Madras plague regulations and rules for the city of Madras
Disease focus: Plague
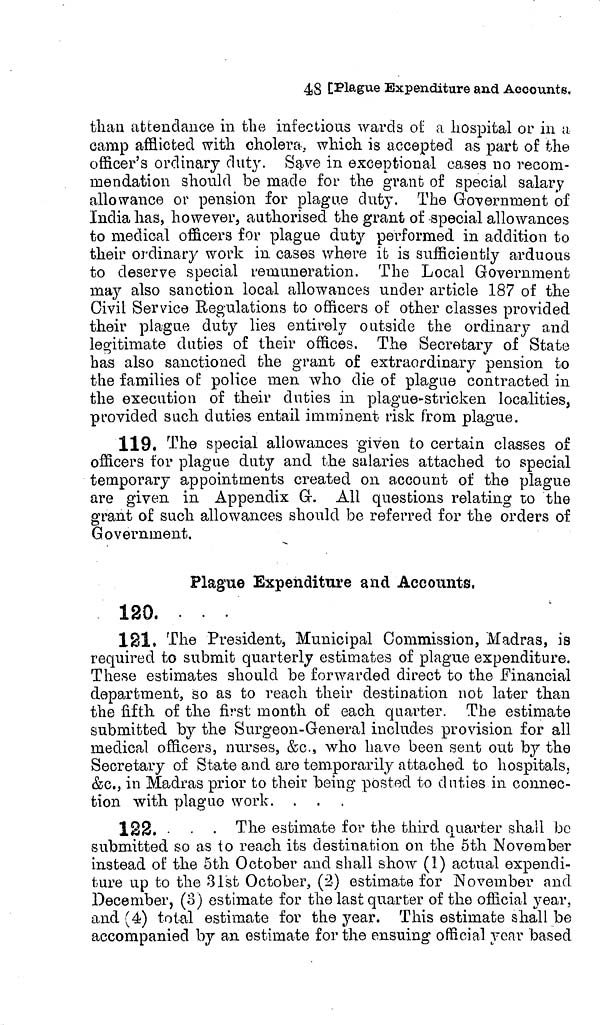
48 [Plague Expenditure and Accounts.
than attendance in the infectious wards of a hospital or in a
camp afflicted with cholera, which is accepted as part of the
officer's ordinary duty. Save in exceptional cases no recom-
mendation should be made for the grant of special salary
allowance or pension for plague duty. The Government of
India has, however, authorised the grant of special allowances
to medical officers for plague duty performed in addition to
their ordinary work in cases where it is sufficiently arduous
to deserve special remuneration. The Local Government
may also sanction local allowances under article 187 of the
Civil Service Regulations to officers of other classes provided
their plague duty lies entirely outside the ordinary and
legitimate duties of their offices. The Secretary of Stato
has also sanctioned the grant of extraordinary pension to
the families of police men who die of plague contracted in
the execution of their duties in plague-stricken localities,
provided such duties entail imminent risk from plague.
119. The special allowances given to certain classes of
officers for plague duty and the salaries attached to special
temporary appointments created 011 account of the plague
are given in Appendix G. All questions relating to the
grant of such allowances should be referred for the orders of
D
Government,
Plague Expenditure and Accounts,
120. . . .
121. 'The President, Municipal Commission, Madras, is
required to submit quarterly estimates of plague expenditure.
These estimates should be forwarded direct to the Financial
department, so as to reach their destination not later than
the fifth of the first month of each quarter. The estimate
submitted by the Surgeon-General includes provision for all
medical officers, nurses, &c., who have been sent out by the
Secretary of State and are temporarily attached to hospitals,
&c., in Madras prior to their being posted to duties in connec-
tion with plague work.
122. • • • The estimate for the third quarter shall be
submitted so as to reach its destination on the 5th November
instead of the 5th October and shall show (1) actual expendi-
ture up to the 31st October, (2) estimate for November and
December, (3) estimate for the last quarter of the official year,
and (4) total estimate for the year. This estimate shall be
accompanied by an estimate for the ensuing official year based